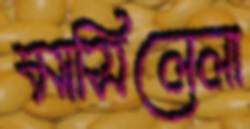
মাসিলেলা